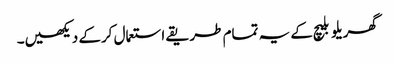
گھریلو بلیچ کے یہ تمام طریقے استعمال کرکے دیکھیں۔